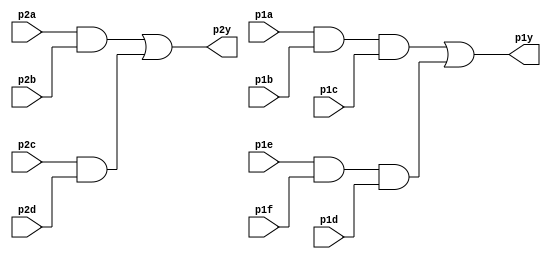
module top_module ( 
    input p1a, p1b, p1c, p1d, p1e, p1f,
    output p1y,
    input p2a, p2b, p2c, p2d,
    output p2y );
		wire w1;
    	wire w2;
    	wire w3;
    	wire w4;
	assign w1 = p1a&&p1b&&p1c;
    assign w2 = p1e&&p1f&&p1d;
    assign w3 = p2a&&p2b;
    assign w4 = p2c&&p2d;
    assign p1y = w1||w2;
    assign p2y = w3||w4;

endmodule


//The following is a shorter version, without the need for declaring extra wires:

//module top_module ( 
//    input p1a, p1b, p1c, p1d, p1e, p1f,
//    output p1y,
//    input p2a, p2b, p2c, p2d,
//    output p2y );
//    assign p1y = (p1a&p1b&p1c)||(p1e&p1f&p1d);
//    assign p2y = (p2a&p2b)||(p2c&p2d);
//        
//endmodule